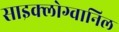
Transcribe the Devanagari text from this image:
साइक्लोग्वानिल